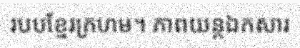
របបខ្មែរក្រហម។ ភាពយន្តឯកសារ